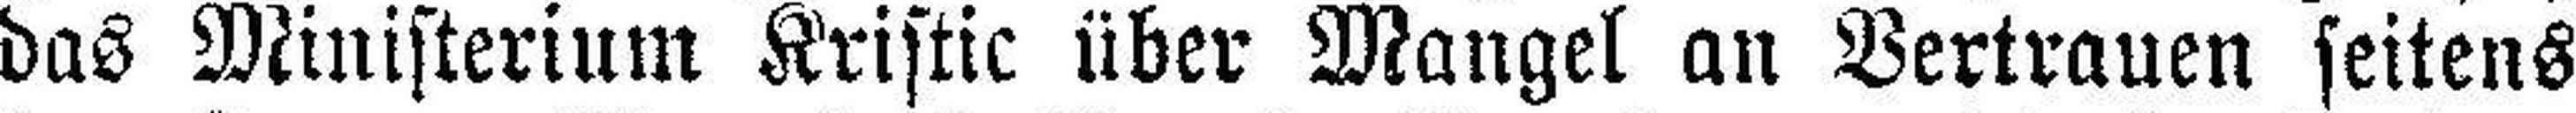
das Ministerium Kristic über Mangel an Vertrauen seitens